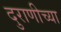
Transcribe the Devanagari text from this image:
दुराणीच्या